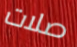
صلات